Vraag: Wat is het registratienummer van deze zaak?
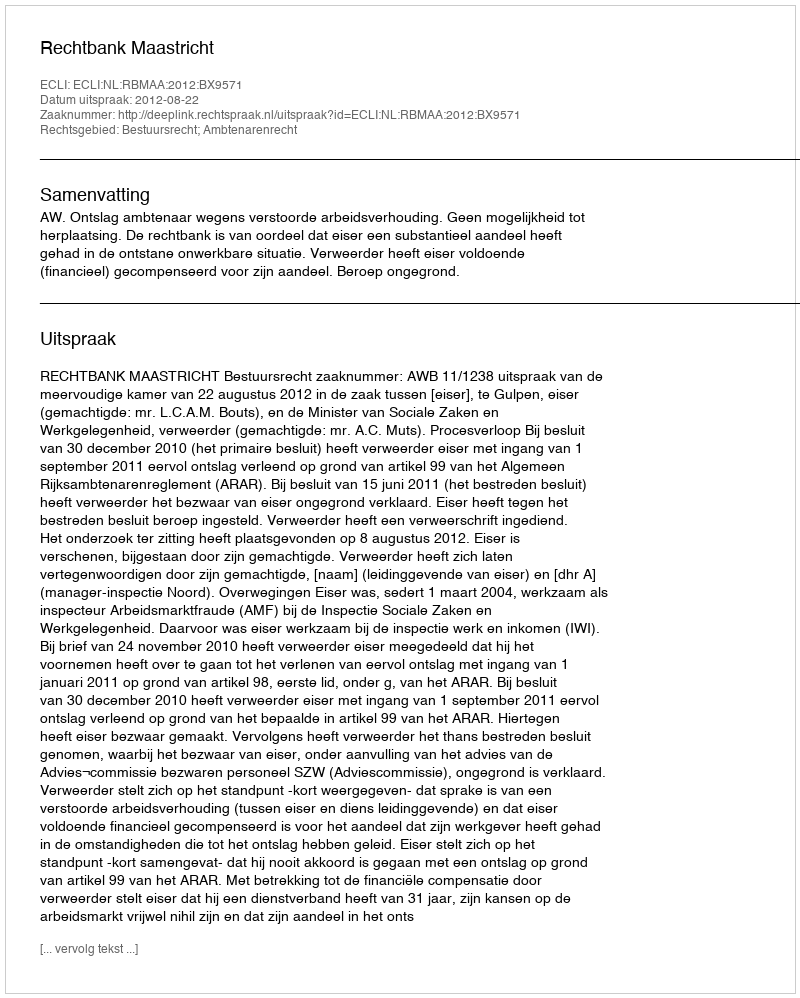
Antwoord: http://deeplink.rechtspraak.nl/uitspraak?id=ECLI:NL:RBMAA:2012:BX9571